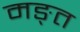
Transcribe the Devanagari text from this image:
मङ्त